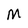
Character: M